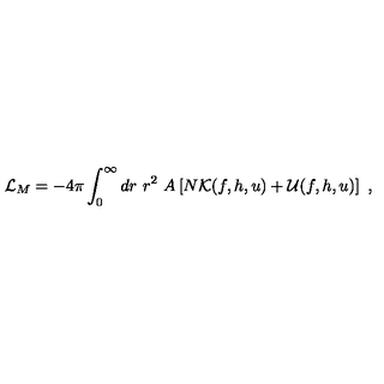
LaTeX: { \cal L } _ { M } = - 4 \pi \int _ { 0 } ^ { \infty } d r \ r ^ { 2 } \ A \left[ N { \cal { K } } ( f , h , u ) + { \cal { U } } ( f , h , u ) \right] \ ,